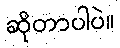
ဆိုတာပါပဲ။